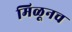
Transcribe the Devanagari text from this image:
मिळूनच